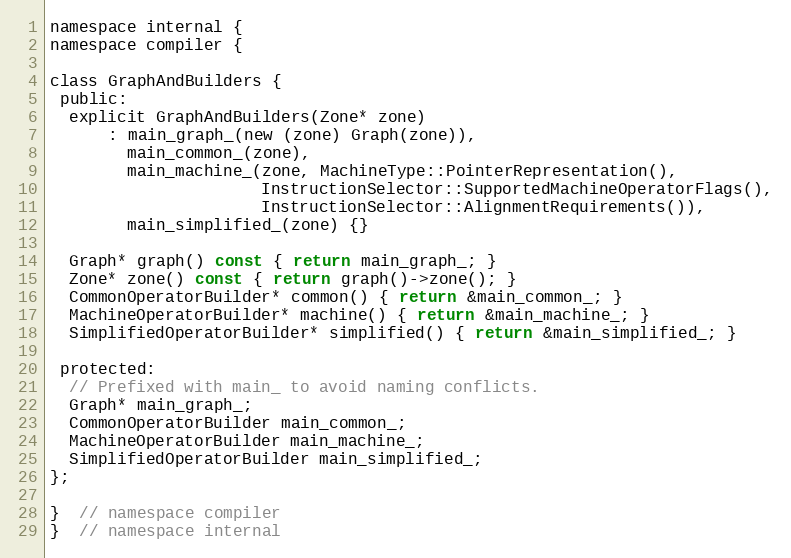
Language: C
namespace internal {
namespace compiler {

class GraphAndBuilders {
 public:
  explicit GraphAndBuilders(Zone* zone)
      : main_graph_(new (zone) Graph(zone)),
        main_common_(zone),
        main_machine_(zone, MachineType::PointerRepresentation(),
                      InstructionSelector::SupportedMachineOperatorFlags(),
                      InstructionSelector::AlignmentRequirements()),
        main_simplified_(zone) {}

  Graph* graph() const { return main_graph_; }
  Zone* zone() const { return graph()->zone(); }
  CommonOperatorBuilder* common() { return &main_common_; }
  MachineOperatorBuilder* machine() { return &main_machine_; }
  SimplifiedOperatorBuilder* simplified() { return &main_simplified_; }

 protected:
  // Prefixed with main_ to avoid naming conflicts.
  Graph* main_graph_;
  CommonOperatorBuilder main_common_;
  MachineOperatorBuilder main_machine_;
  SimplifiedOperatorBuilder main_simplified_;
};

}  // namespace compiler
}  // namespace internal